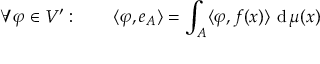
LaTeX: \forall \varphi \in V ^ { \prime } : \qquad \langle \varphi , e _ { A } \rangle = \int _ { A } \langle \varphi , f ( x ) \rangle \, \operatorname { d } \mu ( x )